Annual report of the Punjab Veterinary College and of the Civil Veterinary Department, Punjab - 1920-1925
Year: 1920
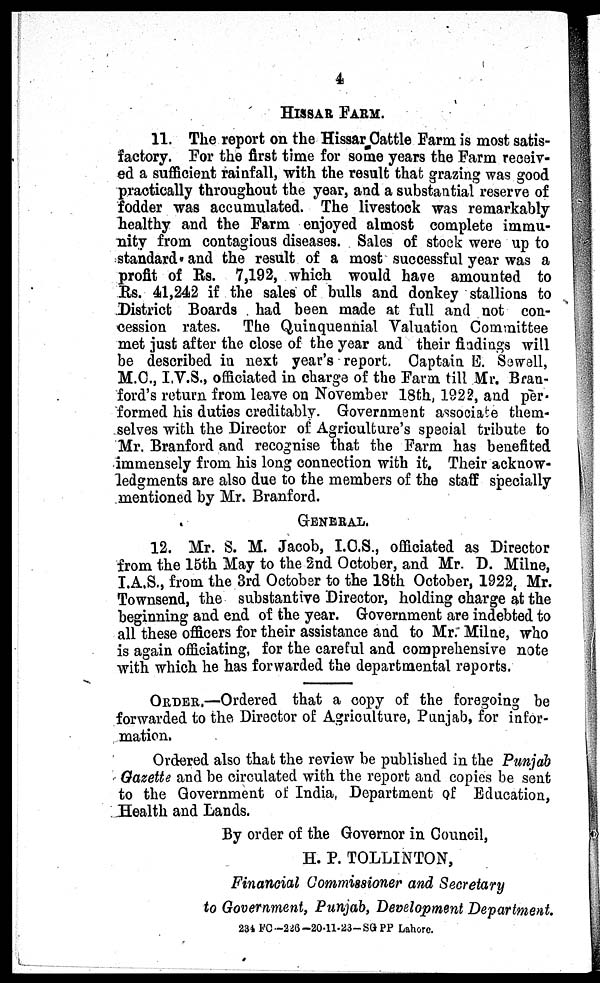
4
HISSAR FARM.
11. The report on the Hissar Cattle Farm is most satis-
factory. For the first time for some years the Farm receiv-
ed a sufficient rainfall, with the result that grazing was good
practically throughout the year, and a substantial reserve of
fodder was accumulated. The livestock was remarkably
healthy and the Farm enjoyed almost complete immu-
nity from contagious diseases. Sales of stock were up to
standard and the result of a most successful year was a
profit of Rs. 7,192, which would have amounted to
Rs. 41,242 if the sales of bulls and donkey stallions to
District Boards had been made at full and not con-
cession rates. The Quinquennial Valuation Committee
met just after the close of the year and their findings will
be described in next year's report. Captain E. Sewell,
M.C., I.V.S., officiated in charge of the Farm till Mr. Bran-
ford's return from leave on November 18th, 1922, and per-
formed his duties creditably. Government associate them-
selves with the Director of Agriculture's special tribute to
Mr. Branford and recognise that the Farm has benefited
immensely from his long connection with it. Their acknow-
ledgments are also due to the members of the staff specially
mentioned by Mr. Branford.
GENERAL.
12. Mr. S. M. Jacob, I.C.S., officiated as Director
from the 15th May to the 2nd October, and Mr. D. Milne,
I.A.S., from the 3rd October to the 18th October, 1922, Mr.
Townsend, the substantive Director, holding charge at the
beginning and end of the year. Government are indebted to
all these officers for their assistance and to Mr. Milne, who
is again officiating, for the careful and comprehensive note
with which he has forwarded the departmental reports.
ORDER.—Ordered that a copy of the foregoing be
forwarded to the Director of Agriculture, Punjab, for infor-
mation.
Ordered also that the review be published in the Punjab
Gazette and be circulated with the report and copies be sent
to the Government of India, Department of Education,
Health and Lands.
By order of the Governor in Council,
H. P. TOLLINTON,
Financial Commissioner and Secretary
to Government, Punjab, Development Department.
234 FC-226-20-11-23-SGPP Lahore.